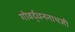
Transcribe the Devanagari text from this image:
गोवर्द्धननाथजी